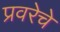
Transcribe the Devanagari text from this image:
प्रवरेचे